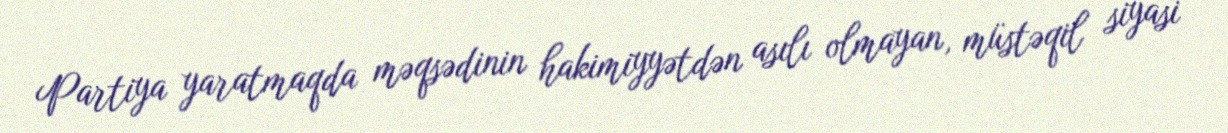
Partiya yaratmaqda məqsədinin hakimiyyətdən asılı olmayan, müstəqil siyasi